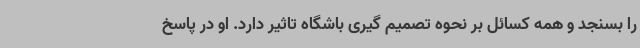
را بسنجد و همه کسائل بر نحوه تصمیم گیری باشگاه تاثیر دارد. او در پاسخ